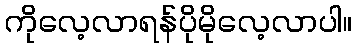
ကိုလေ့လာရန်ပိုမိုလေ့လာပါ။